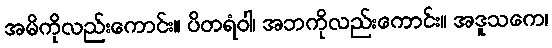
အမိကိုလည်းကောင်း။ ပိတရံဝါ၊ အဘကိုလည်းကောင်း။ အဒူသကေ၊